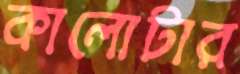
কালোটার